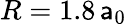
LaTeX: R=1.8\, \mathsf{a}_{0}